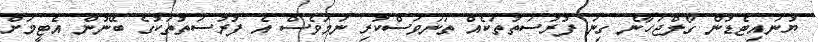
ޔުނައިޓެޑުން ގޯލްޖަހާނެ ގިނަ ފުރުސަތުތަކެއް ތަނަވަސްކުރި ނަމަވެސް އެ ފުރުސަތުތަކުގެ ބޭނުން އެޓީމަށް